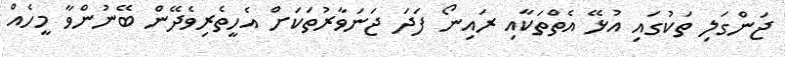
ޖަންގަލި ތަކުގައި އުޅޭ އެތްތަކާއި ރައިނޯ ފަދަ ޖަނަވާރުތަކަށް އެހީތެރިވެދޭން ބޭނުންވާ މީހެއް